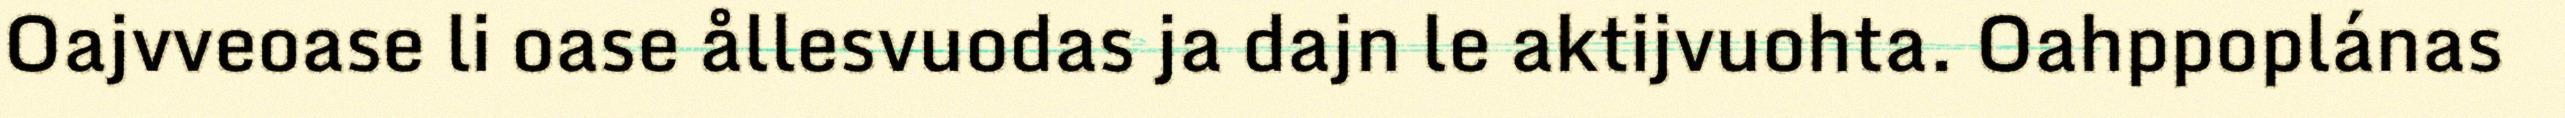
Oajvveoase li oase ållesvuodas ja dajn le aktijvuohta. Oahppoplánas